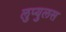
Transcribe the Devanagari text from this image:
लुप्युलस